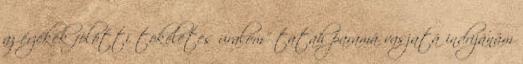
az érzékek fölötti tökéletes uralom" tatah paramá vasjatá indrijánám